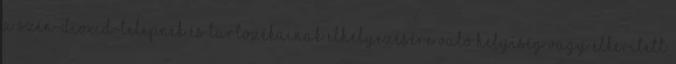
A szén-dioxid-telepnek és tartozékainak elhelyezésére való helyiség vagy elkerített